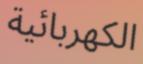
الكهربائية